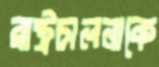
রাষ্ট্রচালনাকে